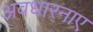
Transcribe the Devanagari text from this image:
अवधारनाए